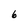
Character: 6